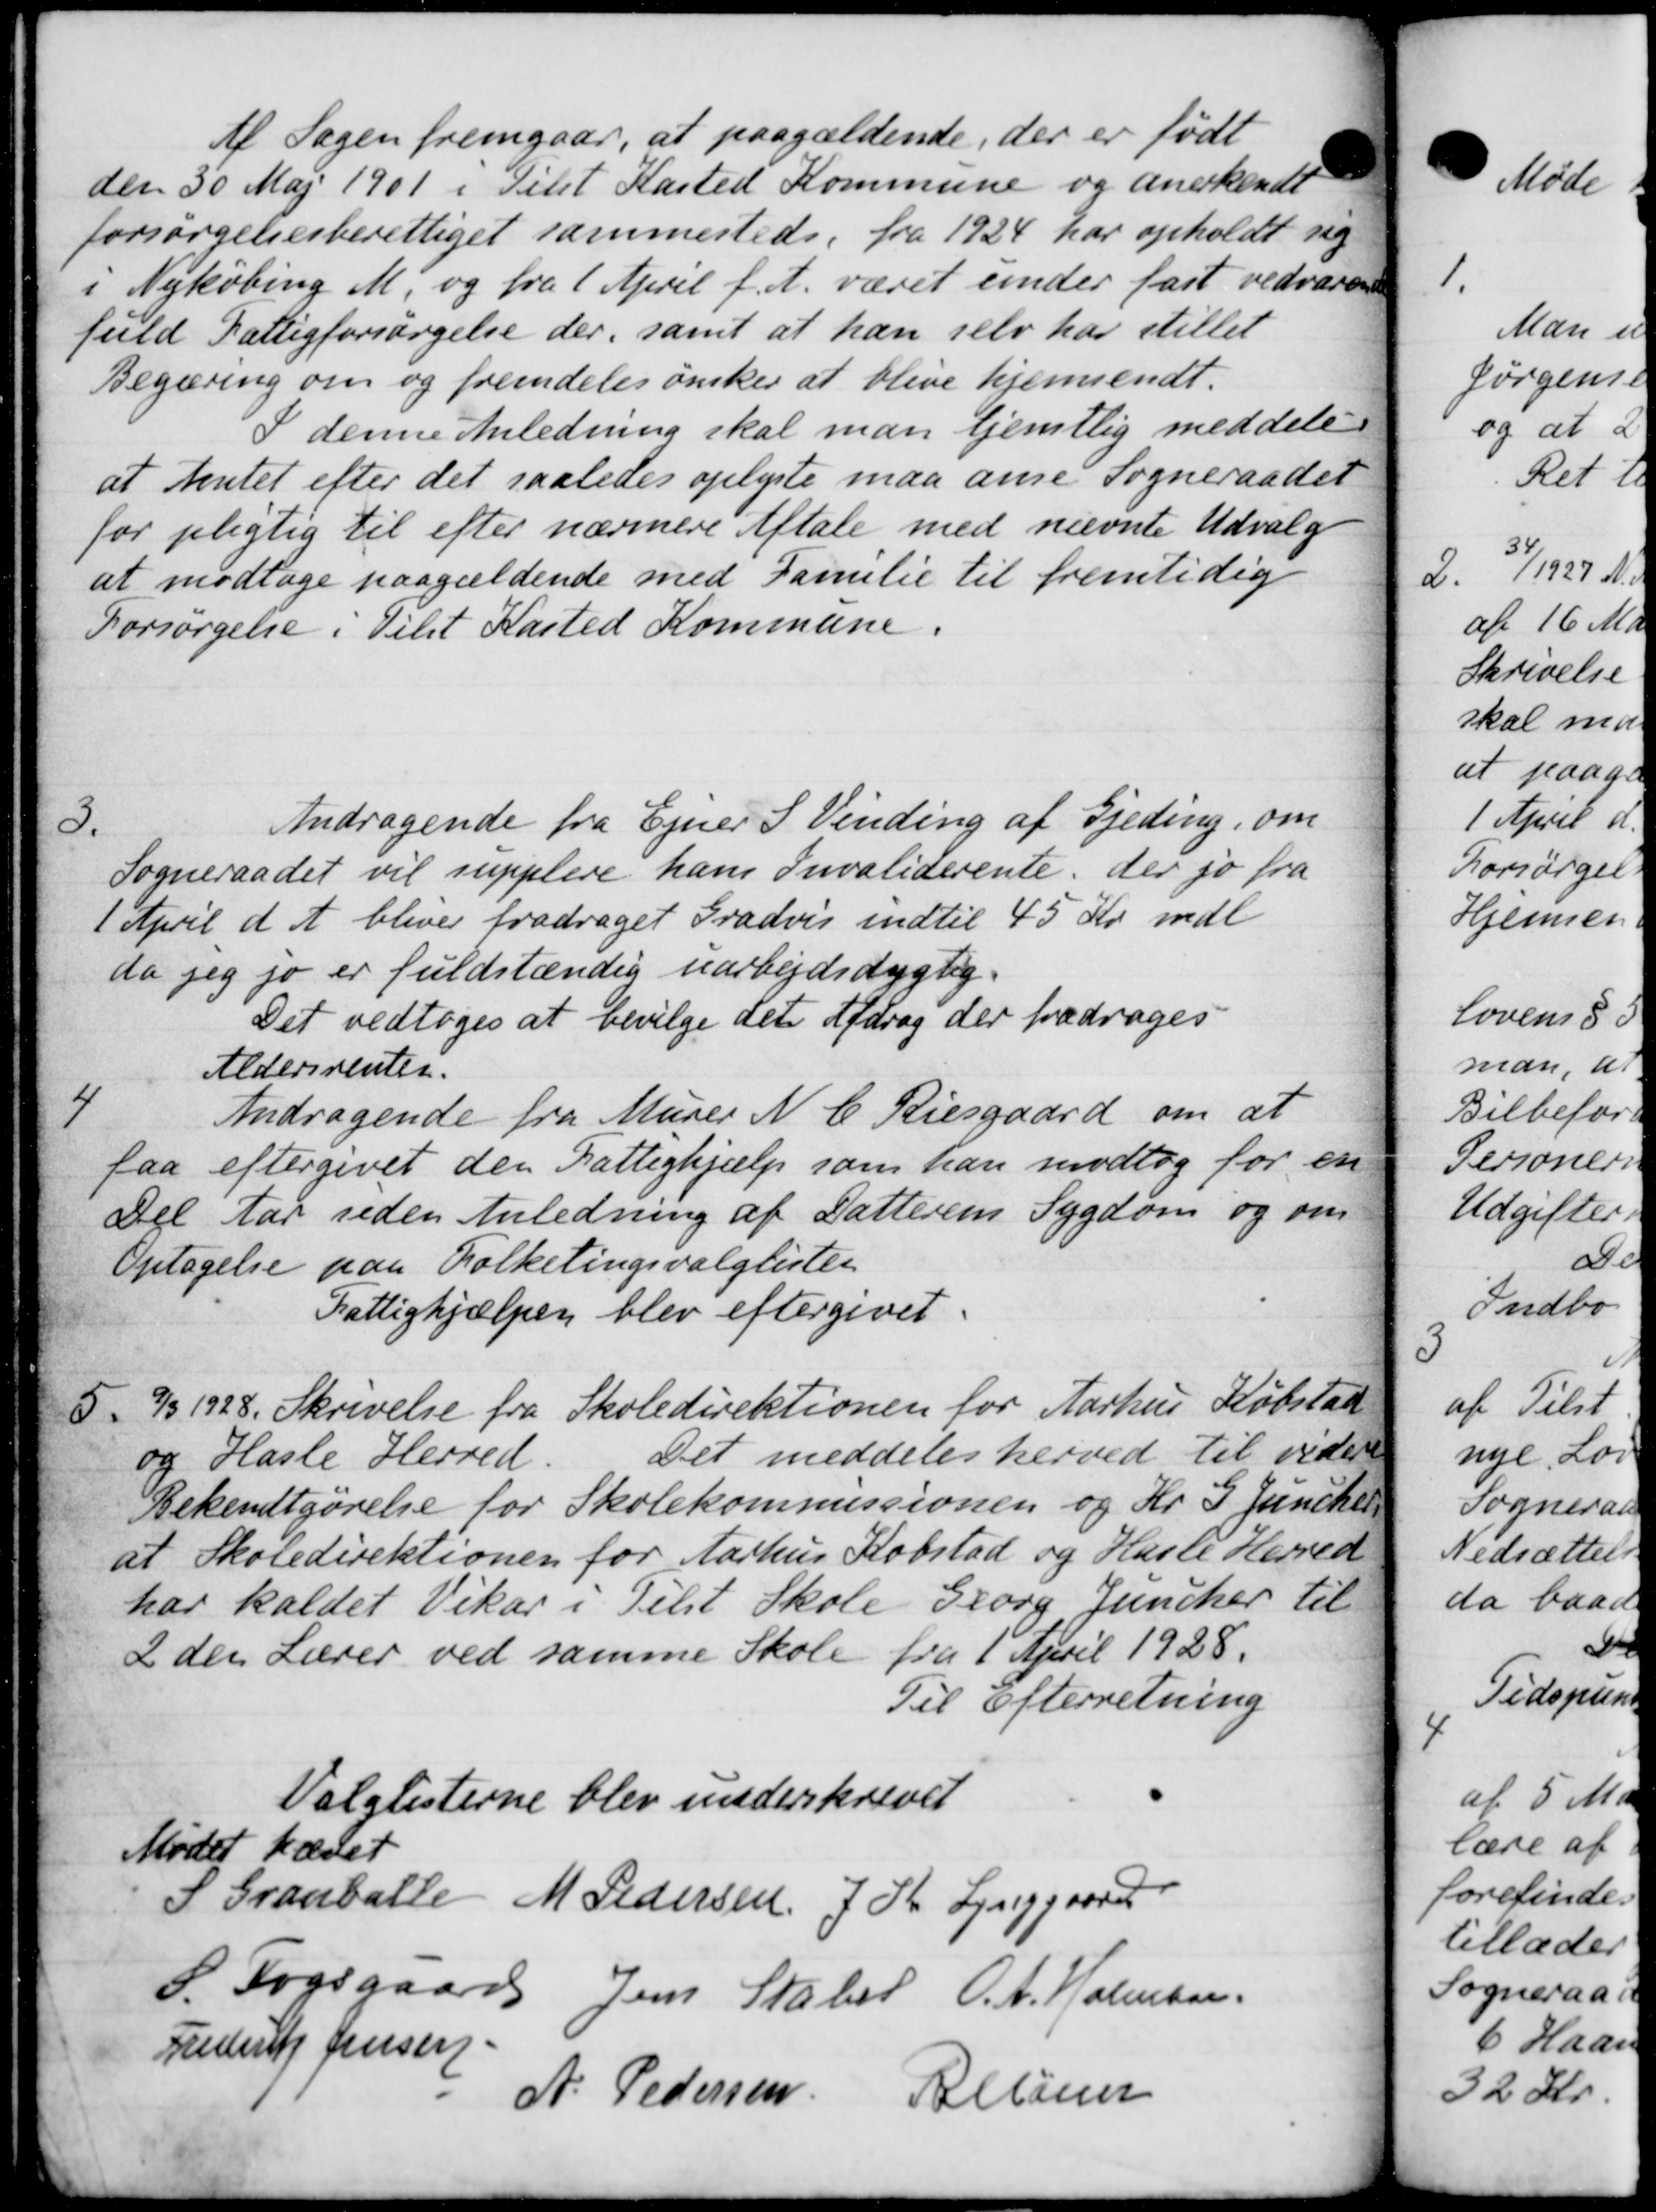
Transskription:
Af Sagen fremgaar, at paagældende, der er født
den 50 Maj 1901 i Tilst Kasted Kommune og anerkendt
forsørgelsesberettiget sammesteds. fra 1924 har opholdt sig
i Nykøbing M. og fra 1 April f. A. været under fast vedvaren
fuld Fattigforsørgelse der, samt at han selv har stillet
Begæring om og fremdeles ønsker at blive hjemsendt.
I denne Anledning skal man tjentlig meddele
at Amtet efter det saaledes oplyste maa anne Sogneraadet
for pligtig til efter nærmere Aftale med nævnte Udvalg
at modtage paagældende med Familie til fremtidig
Forsørgelse i Tilst Kasted Kommune.
3.
Andragende fra Ejner S Vinding af Gjeding, om
Sogneraadet vil supplere hans Invaliderente, der jo fra
1 April d. A. bliver fradraget Gradvis indtil 45 Kr mdl
da jeg jo er fuldstændig uarbejdsdygtig
Det vedtoges at bevilge det Afdrag der fradrages
Aldersrenten.
4
Andragende fra Murer N. C. Riesgaard om at
faa eftergivet den Fattighjælp som han modtog for en
Del har uden Anledning af Datterens Sygdom og om
Optagelse paa Folketingsvalglister
Fattighjælpen blev eftergivet.
5.
9/3 1928. Skrivelse fra Skoledirektionen for Aarhus Købstad
Det meddeles herved til videre
og Hasle Herred
Bekendtgørelse for Skolekommissionen og Kr. 5 Junchel
at Skoledirektionen for Aarhus Købstad og Hasle Herred
har kaldet Vikar i Tilst Skole Georg Juncher til
2 den Lærer ved samme Skole fra 1 April 1928.
Til Efterretning
Valglisterne blev underskrevet
Mødet hævet
S. Granballe M Pedersen J. Kr. Lynggaard
S. Fogsgaard Jens Stabel O. A. Holmsen
Frederik Jensen
A. Pedersen Allaner